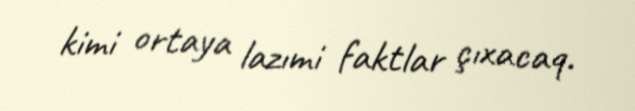
kimi ortaya lazımi faktlar çıxacaq.